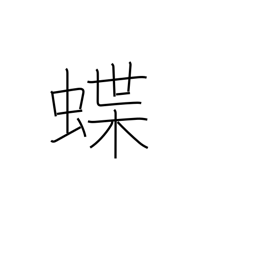
Meaning: butterfly